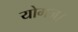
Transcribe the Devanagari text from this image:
योगज।